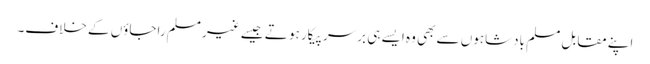
اپنے مقابل مسلم بادشاہوں سے بھی وہ ایسے ہی برسر پیکار ہو تے جیسے غیر مسلم راجاؤں کے خلاف۔